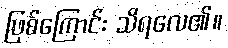
ဖြစ်ကြောင်း သိရလေ၏။